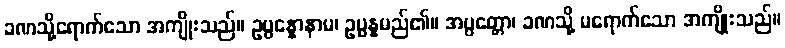
ခဏသို့ရောက်သော အကျိုးသည်။ ဥပ္ပန္နောနာမ၊ ဥပ္ပန္နမည်၏။ အပ္ပတ္တော၊ ခဏသို့ မရောက်သော အကျိုးသည်။